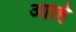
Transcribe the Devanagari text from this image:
आाहे